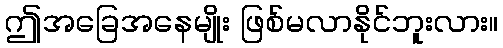
ဤအခြေအနေမျိုး ဖြစ်မလာနိုင်ဘူးလား။